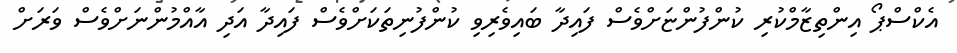
އެކްސްޕޯ އިންތިޒާމްކުރި ކުންފުންޏަށްވެސް ފައިދާ ބައިވެރިވި ކުންފުނިތަކަށްވެސް ފައިދާ އަދި އާއްމުންނަށްވެސް ވަރަށް